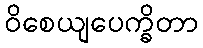
ဝိစေယျပေက္ခိတာ